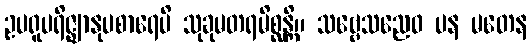
ဥပရူပရိဇ္ဈာနုပစာရေပိ သုခုမတရမိစ္ဆန္တိ။ သဗ္ဗေသညေဝ ပန မတေန